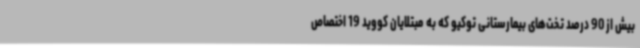
بیش از 90 درصد تخت‌های بیمارستانی توکیو که به مبتلایان کووید 19 اختصاص